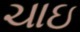
ચાઇ